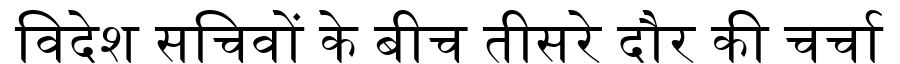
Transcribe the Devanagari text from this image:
विदेश सचिवों के बीच तीसरे दौर की चर्चा